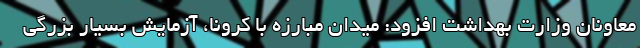
معاونان وزارت بهداشت افزود: میدان مبارزه با کرونا، آزمایش بسیار بزرگی